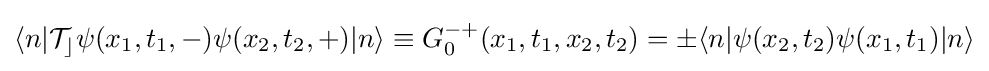
\langle n|{\mathcal {T_{c}}}\psi (x_{1},t_{1},-)\psi (x_{2},t_{2},+)|n\rangle \equiv G_{0}^{-+}(x_{1},t_{1},x_{2},t_{2})=\pm \langle n|\psi (x_{2},t_{2})\psi (x_{1},t_{1})|n\rangle